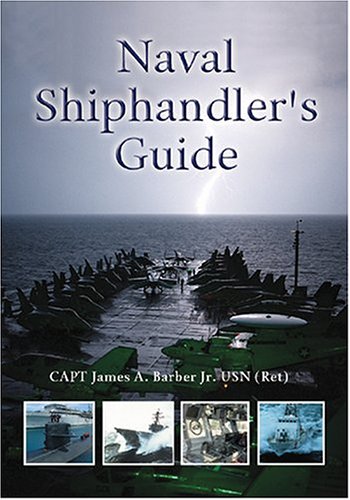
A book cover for Naval Shiphandler's Guide (Blue and Gold); Capt James A. Barber  USN (Ret.); Test Preparation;